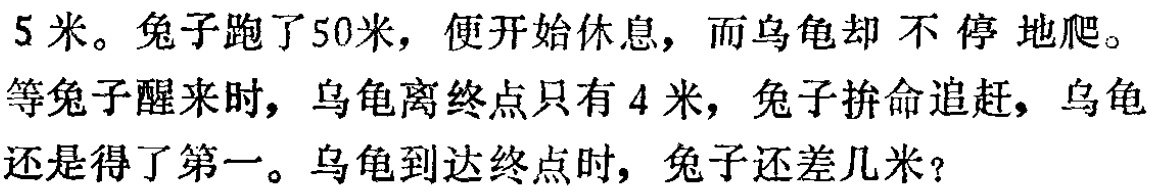
5米。兔子跑了50米，便开始休息，而乌龟却不停地爬。
等兔子醒来时，乌龟离终点只有4米，兔子拼命追赶，乌龟
还是得了第一。乌龟到达终点时，兔子还差几米？